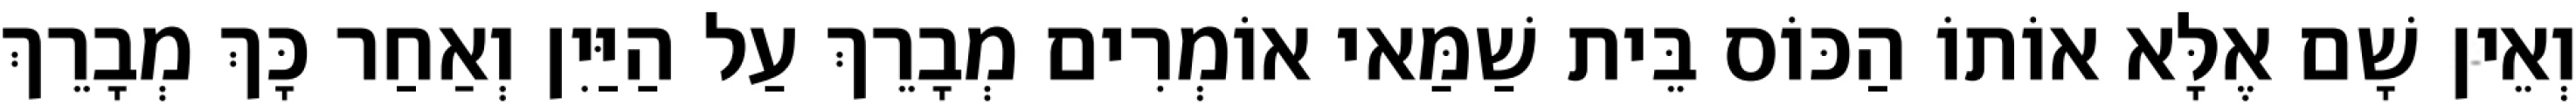
וְאֵין שָׁם אֶלָּא אוֹתוֹ הַכּוֹס בֵּית שַׁמַּאי אוֹמְרִים מְבָרֵךְ עַל הַיַּיִן וְאַחַר כָּךְ מְבָרֵךְ